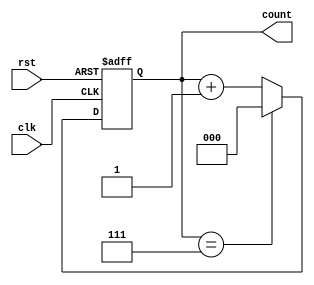
module divide_by_n_counter #(
    parameter N = 8 // Parameter for division factor, default is 8
)(
    input wire clk,   // Clock input
    input wire rst,   // Asynchronous reset input
    output reg [$clog2(N)-1:0] count // Counter output
);

// Always block triggered on the rising edge of the clock or asynchronous reset
always @(posedge clk or posedge rst) begin
    if (rst) begin
        count <= 0; // Reset count to 0 on reset signal
    end else begin
        if (count == N-1) begin
            count <= 0; // Wrap around to 0 when reaching N
        end else begin
            count <= count + 1; // Increment count
        end
    end
end

endmodule